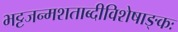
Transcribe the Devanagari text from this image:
भट्टजन्मशताब्दीविशेषाङ्कः